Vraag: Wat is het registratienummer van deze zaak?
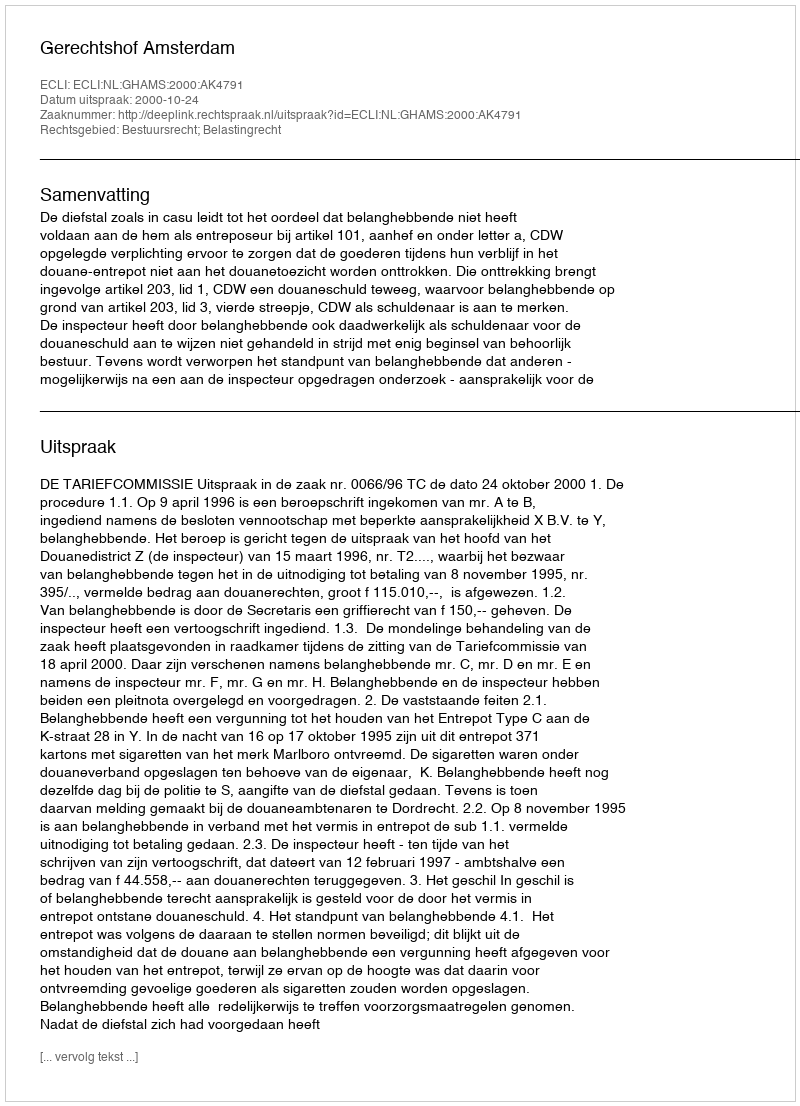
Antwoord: http://deeplink.rechtspraak.nl/uitspraak?id=ECLI:NL:GHAMS:2000:AK4791